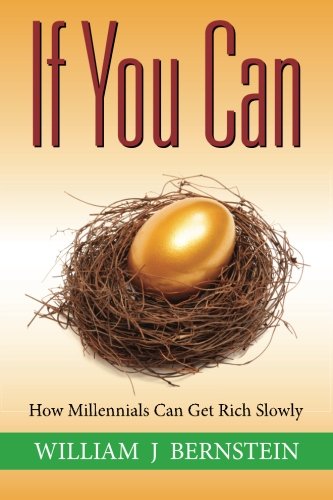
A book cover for If You Can: How Millennials Can Get Rich Slowly; William J Bernstein; Business & Money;